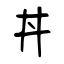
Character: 丼